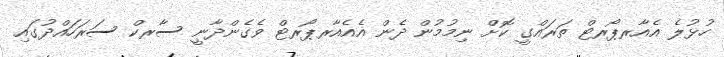
ހުޅުލެ އެއާރޕޯރޓް ތަރައްގީ ކޮށް ނިމުމުން ދެން އެއެއާރޕޯރޓް ވެގެންދާނީ ސާރކް ސަރަހައްދުގައި